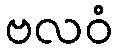
ဗလဝံ